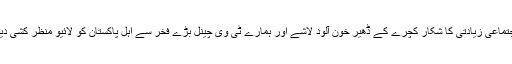
جوان بچیاں اجتماعی زیادتی کا شکار کچرے کے ڈھیر خون آلود لاشے اور ہمارے ٹی وی چینل بڑے فخر سے اہل پاکستان کو لائیو منظر کشی دیکھا رہے ہیں۔